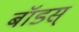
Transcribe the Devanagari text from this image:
बॉडस्